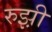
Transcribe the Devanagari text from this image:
रुझ़ी